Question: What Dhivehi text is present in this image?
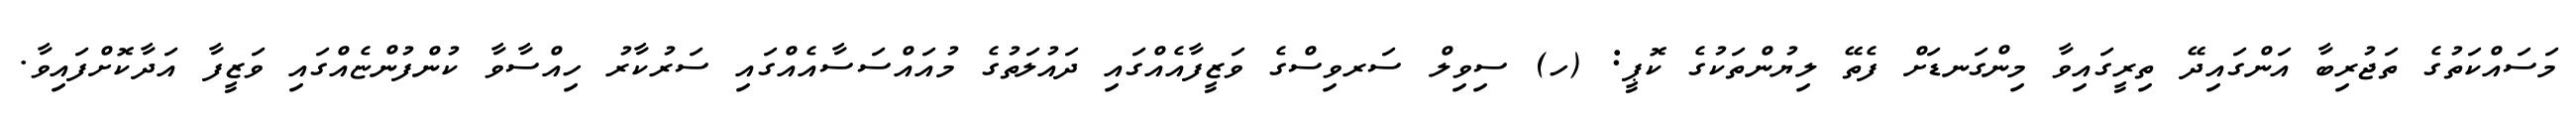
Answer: މަސައްކަތުގެ ތަޖުރިބާ އަންގައިދޭ ތިރީގައިވާ މިންގަނޑަށް ފެތޭ ލިޔުންތަކުގެ ކޮޕީ: (ހ) ސިވިލް ސަރވިސްގެ ވަޒީފާއެއްގައި ދައުލަތުގެ މުއައްސަސާއެއްގައި ސަރުކާރު ހިއްސާވާ ކުންފުންޏެއްގައި ވަޒީފާ އަދާކޮށްފައިވާ.